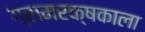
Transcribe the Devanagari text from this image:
ग्रामरक्षकाला